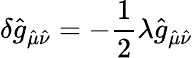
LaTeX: \delta\hat{g}_{\hat{\mu}\hat{\nu}}=-\frac{1}{2}\lambda\hat{g}_{\hat{\mu}\hat{\nu}}